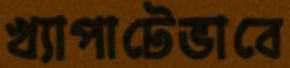
খ্যাপাটেভাবে